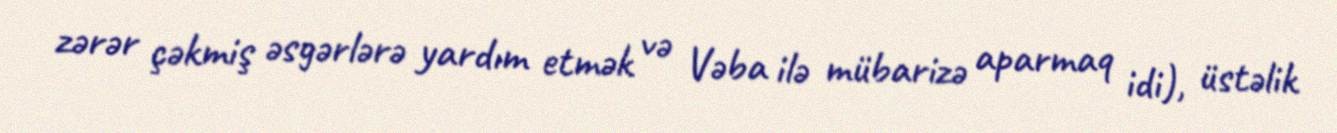
zərər çəkmiş əsgərlərə yardım etmək və Vəba ilə mübarizə aparmaq idi), üstəlik